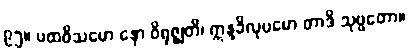
၉၅။ ပထဝိသမော နော ဝိရုဇ္ဈတိ၊ ဣန္ဒခိလုပမော တာဒိ သုဗ္ဗတော။